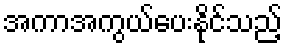
အကာအကွယ်ပေးနိုင်သည့်